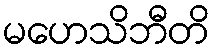
မဟေသိဘီတိ